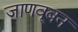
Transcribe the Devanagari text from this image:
जाणवूबन